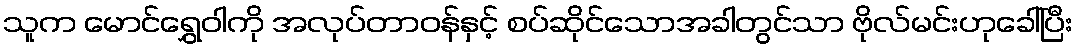
သူက မောင်ရွှေဝါကို အလုပ်တာဝန်နှင့် စပ်ဆိုင်သောအခါတွင်သာ ဗိုလ်မင်းဟုခေါ်ပြီး